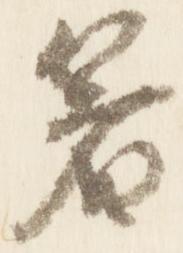
箸